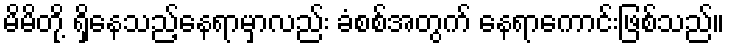
မိမိတို့ ရှိနေသည့်နေရာမှာလည်း ခံစစ်အတွက် နေရာကောင်းဖြစ်သည်။